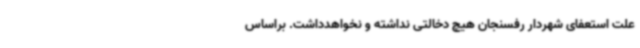
علت استعفای شهردار رفسنجان هیچ دخالتی نداشته و نخواهدداشت. براساس